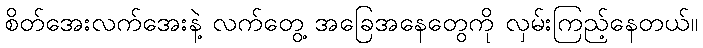
စိတ်အေးလက်အေးနဲ့ လက်တွေ့ အခြေအနေတွေကို လှမ်းကြည့်နေတယ်။